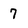
Character: 7